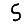
Digit: 5